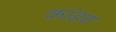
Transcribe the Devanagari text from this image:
कांडण